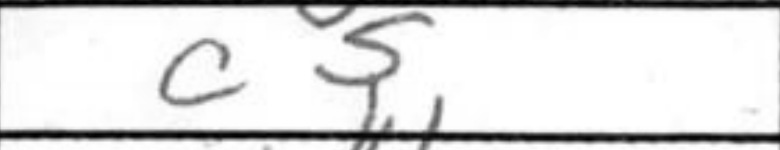
Transcription: c5